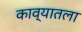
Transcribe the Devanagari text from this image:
काव्यातला